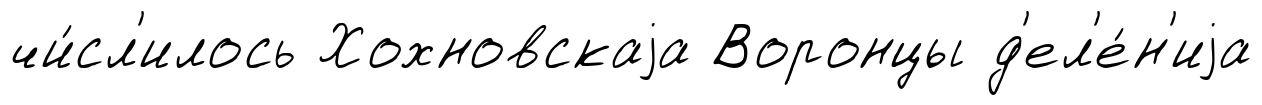
чи́сл'илось Хохновскаjа Воронцы д'ел'е́н'иjа